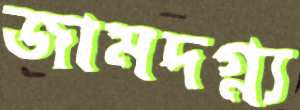
জামদগ্ন্য